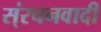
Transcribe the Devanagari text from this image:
स्ंरचनवादी